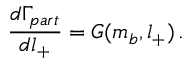
\frac { d \Gamma _ { p a r t } } { d l _ { + } } = G ( m _ { b } , l _ { + } ) \, .